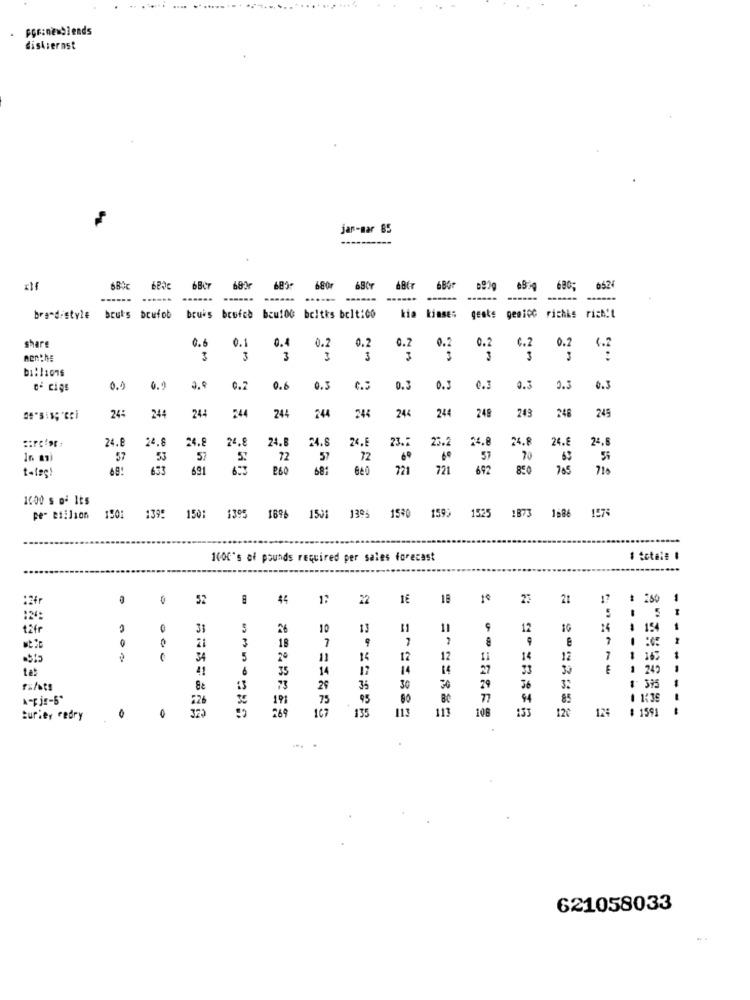
por:ně blends
disk;ernst
jar-mar 85
----------
-
683
680r
680;
0524
.....
----
......
......
brand-style
bruts brufob
bruis broich baul00 bcltks belt:00
kia kiase;
gente genico richks rich!t
0.6
0.1
0.4
0.2
share
0.2
0.2
0.2
0.2
C.2
3
3
3
3
3
3
billions
de cigs
0.4
0.0
3.9
0.2
0.6
0.3
0.3
0.3
0.3
0.3
2.5
0.3
244
244
244
244
249
24:
244
244
244
248
248
245
24.8
24.8
24.8
24.8
24.B
24.8
24.E
23.5
23.2
24.8
24.8
24.€
24.6
57
53
57
72
57
72
57
70
63
653
691
260
681
040
721
721
692
850
710
1000 s D' Its
1599
per etilson
1501
139: 150;
1395
1896
1501
1395 15:0
1525 1873 1686 1574
1000's of pounds required per sales forecast
:2fr
0
52
44
22
18
25
21
17
# 280
5
täfr
33
5
26
10
13
11
11
12
10
24
-
154
1
21
3
18
7
9
7
34
5
11
14
12
12
"4
12
7
163
tas
41
35
14
17
14
27
33
30
1
249
--
1 395
rufsts
73
29
35
30
29
36
32
226
191
75
95
BC
94
85
1 1:38
32
:69
135
113
111
100
12
12:
$ 1591
turier cedry
621058033